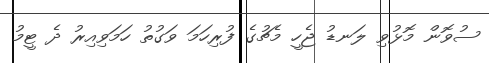
ސުވޮން މޮޅުވި ލަނޑު ޖެހީ މެޗުގެ ފުރިހަމަ ވަގުތު ހަމަވިއިރު ދެ ޓީމު